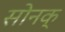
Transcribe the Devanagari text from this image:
सोनक्